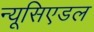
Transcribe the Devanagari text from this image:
न्यूसिएडल